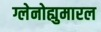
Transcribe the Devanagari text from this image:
ग्लेनोह्युमारल